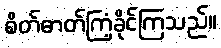
စိတ်ဓာတ်ကြံ့ခိုင်ကြသည်။